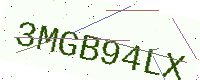
Text: 3MGB94LX